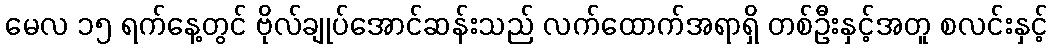
မေလ ၁၅ ရက်နေ့တွင် ဗိုလ်ချုပ်အောင်ဆန်းသည် လက်ထောက်အရာရှိ တစ်ဦးနှင့်အတူ စလင်းနှင့်